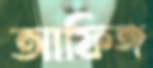
আফিঙ্গ